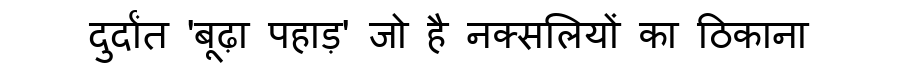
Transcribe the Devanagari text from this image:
दुर्दांत 'बूढ़ा पहाड़' जो है नक्सलियों का ठिकाना